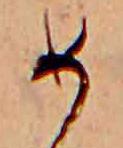
め